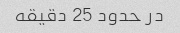
در حدود 25 دقیقه